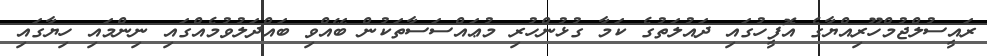
ރައީސުލްޖުމްހޫރިއްޔާގެ އޮފީހުގައި ދައުލަތުގެ ކަމާ ގުޅުންހުރި މުޢައްސަސާތަކުން ބޭއްވި ބައްދަލުވުމެއްގައި ނިންމައި ހިޔާގައި